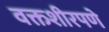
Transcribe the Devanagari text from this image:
वक्तशीरपणे